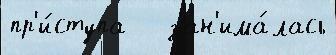
пр'и́ступа   зан'има́лась